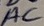
Text: AC